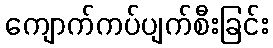
ကျောက်ကပ်ပျက်စီးခြင်း